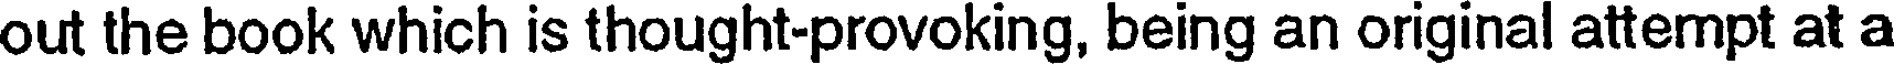
out the book which is thought-provoking, being an original attempt at a